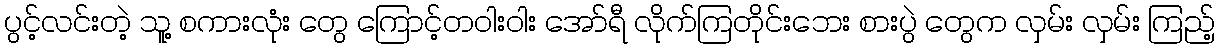
ပွင့်လင်းတဲ့ သူ့ စကားလုံး တွေ ကြောင့်တဝါးဝါး အော်ရီ လိုက်ကြတိုင်းဘေး စားပွဲ တွေက လှမ်း လှမ်း ကြည့်